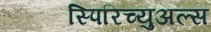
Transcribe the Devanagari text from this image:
स्पिरिच्युअल्स